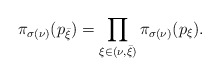
\begin{align*}\pi_{\sigma(\nu)}(p_{\bar \xi}) = \prod_{\xi\in(\nu,\bar\xi)} \pi_{\sigma(\nu)}(p_\xi).\end{align*}